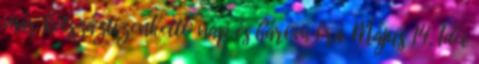
már kétszáztizenkettő nap és három óra. Május 14. Idei